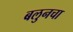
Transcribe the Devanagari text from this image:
बलुनचा